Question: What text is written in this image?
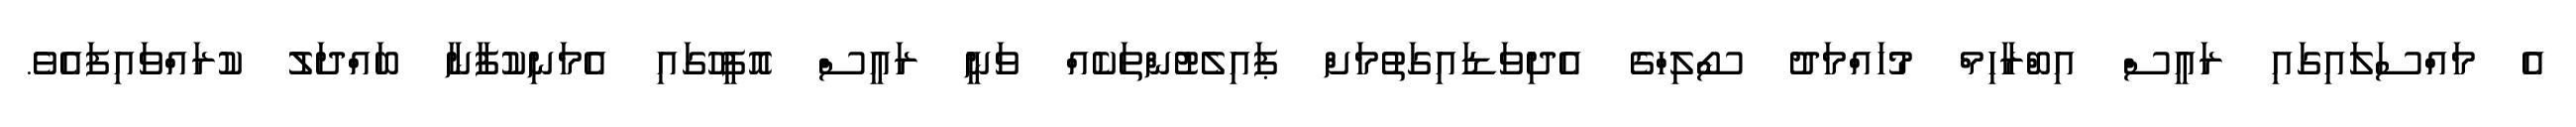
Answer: އެ މައްސަލައިގައި ރައީސް އިބްރާހިމް މުހައްމަދު ސޯލިހްގެ އެދިވަޑައިގަތުމަށް ޕައިލެޓުންތަކެއް ވަނީ ރައީސް އޮފީހުގައި އެމަނިކުފާނާ ބައްދަލު ކުރައްވައިފައެވެ.